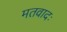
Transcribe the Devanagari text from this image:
मतवादः